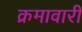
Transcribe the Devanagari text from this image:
क्रमावारी